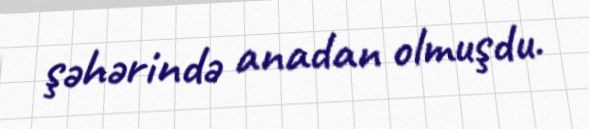
şəhərində anadan olmuşdu.